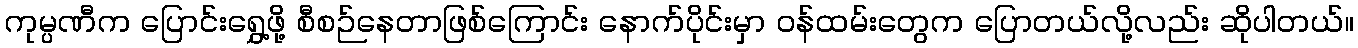
ကုမ္ပဏီက ပြောင်းရွှေ့ဖို့ စီစဉ်နေတာဖြစ်ကြောင်း နောက်ပိုင်းမှာ ဝန်ထမ်းတွေက ပြောတယ်လို့လည်း ဆိုပါတယ်။